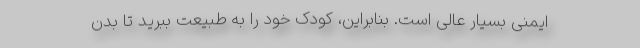
ایمنی بسیار عالی است. بنابراین، کودک خود را به طبیعت ببرید تا بدن